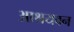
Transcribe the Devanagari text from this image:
आश्रयवन